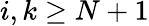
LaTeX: i,k\ge N+1